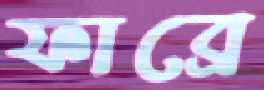
ফাব্রে